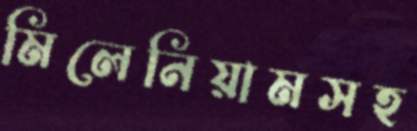
মিলেনিয়ামসহ